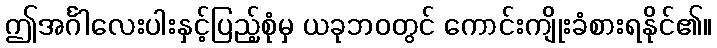
ဤအင်္ဂါလေးပါးနှင့်ပြည့်စုံမှ ယခုဘဝတွင် ကောင်းကျိုးခံစားရနိုင်၏။